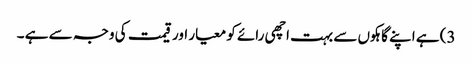
3) ہے اپنے گاہکوں سے بہت اچھی رائے کو معیار اور قیمت کی وجہ سے ہے ۔